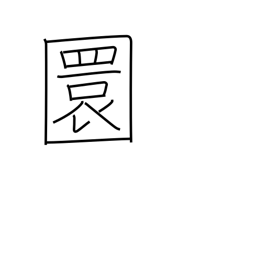
Meaning: round